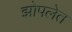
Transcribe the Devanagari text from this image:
झोपलेत